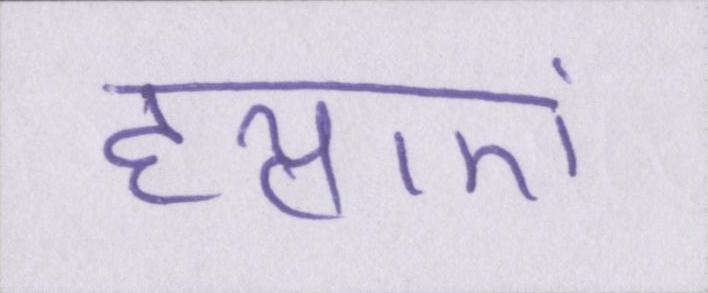
हत्याएं